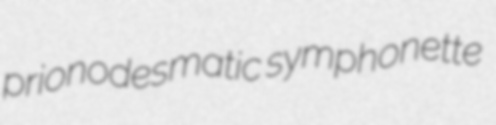
prionodesmatic symphonette